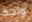
واحد